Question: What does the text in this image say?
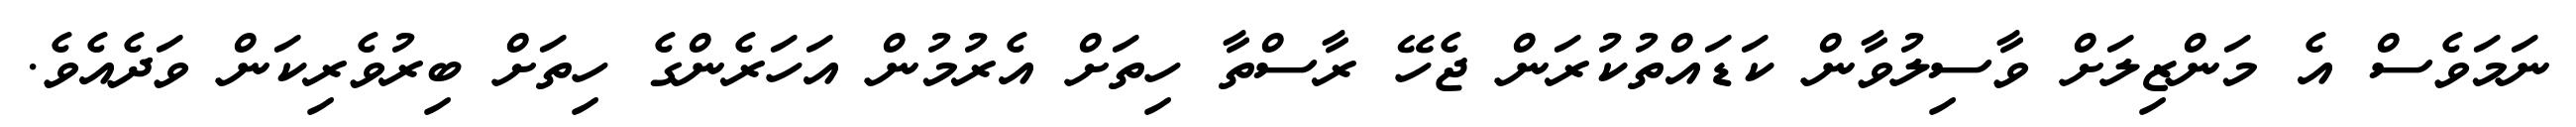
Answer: ނަމަވެސް އެ މަންޒިލަށް ވާސިލުވާން ކަޑައްތުކުރަން ޖެހޭ ރާސްތާ ހިތަށް އެރުމުން އަހަރެންގެ ހިތަށް ބިރުވެރިކަން ވަދެއެވެ.